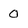
Character: 0